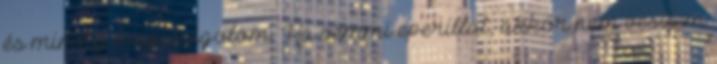
és mindig megszagolom. Ha semmi eperillat, akkor nem veszem